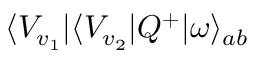
\langle V _ { v _ { 1 } } | \langle V _ { v _ { 2 } } | Q ^ { + } | \omega \rangle _ { a b }